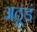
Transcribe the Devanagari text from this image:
अठूडं